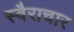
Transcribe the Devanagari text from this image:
स्वैराचार